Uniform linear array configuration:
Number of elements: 32
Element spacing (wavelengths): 0.75
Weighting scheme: exponential
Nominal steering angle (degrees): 45
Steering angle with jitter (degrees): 45.8
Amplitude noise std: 0.05
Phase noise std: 0.05

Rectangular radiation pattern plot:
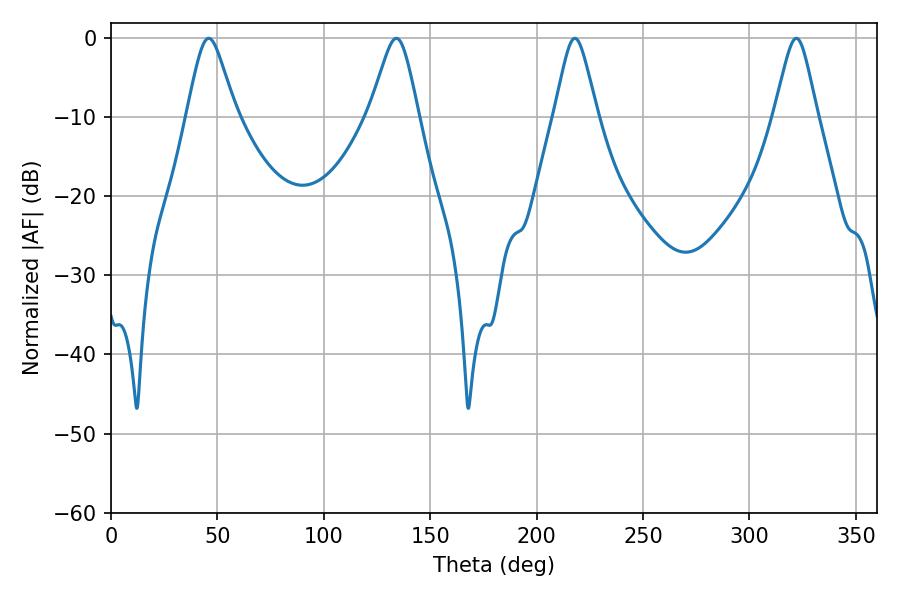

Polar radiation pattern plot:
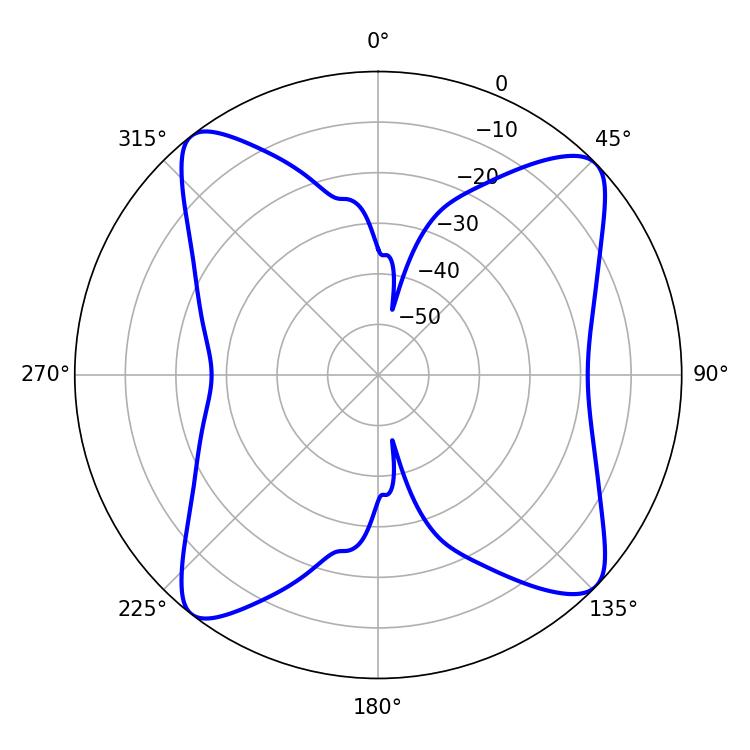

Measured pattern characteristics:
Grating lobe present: TRUE
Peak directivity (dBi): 13.038
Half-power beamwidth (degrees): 11.16
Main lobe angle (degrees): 45.9